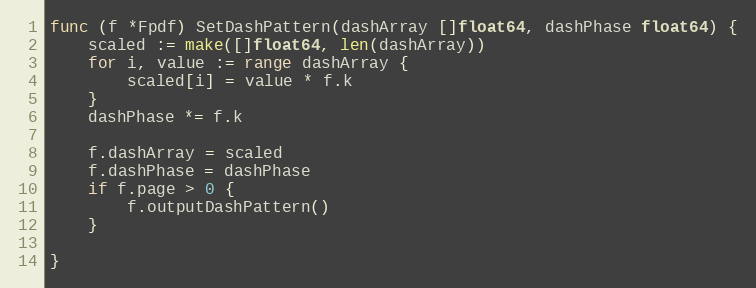
Language: Go
func (f *Fpdf) SetDashPattern(dashArray []float64, dashPhase float64) {
	scaled := make([]float64, len(dashArray))
	for i, value := range dashArray {
		scaled[i] = value * f.k
	}
	dashPhase *= f.k

	f.dashArray = scaled
	f.dashPhase = dashPhase
	if f.page > 0 {
		f.outputDashPattern()
	}

}